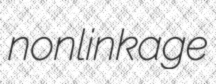
nonlinkage